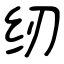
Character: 纫